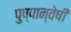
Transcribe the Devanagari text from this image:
पुष्पान्वेषी